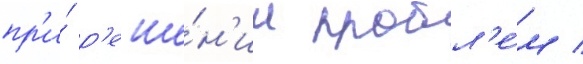
пр'и́ р'еше́н'ии пробл'е́м /